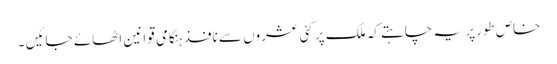
خاص طورپر یہ چاہتے کہ ملک پر کئی عشروں سے نافذ ہنگامی قوانین اٹھائے جائیں ۔